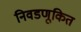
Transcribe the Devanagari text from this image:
निवडणूकित